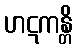
ဟဋကန္တိ